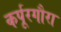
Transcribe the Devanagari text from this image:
कर्पूरगौरा